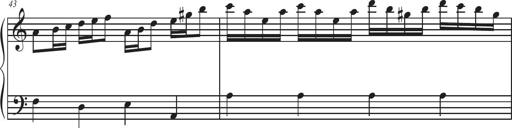
Title: Sonatina Espania
Composer: Jerald Franklin Archer
Key: Various